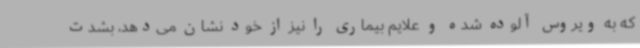
که به ویروس آلوده شده و علایم بیماری را نیز از خود نشان می‌دهد، بشدت